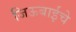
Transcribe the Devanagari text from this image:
जिऊबाईचे